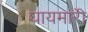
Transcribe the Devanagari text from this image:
घायमारी